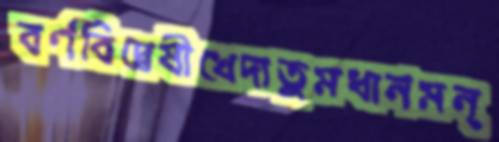
বর্ণবিদ্বেষীখেদাতুমধানমন্